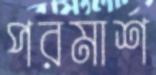
পরমার্শ